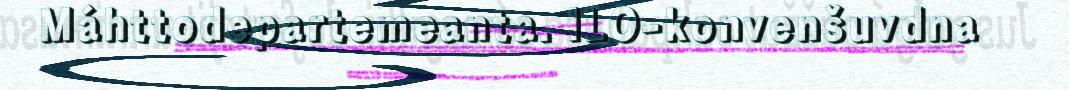
Máhttodepartemeanta. ILO-konvenšuvdna